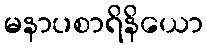
မနာပစာရိနိယော